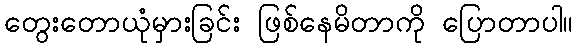
တွေးတောယုံမှားခြင်း ဖြစ်နေမိတာကို ပြောတာပါ။